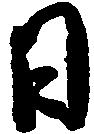
日